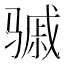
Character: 𬴈